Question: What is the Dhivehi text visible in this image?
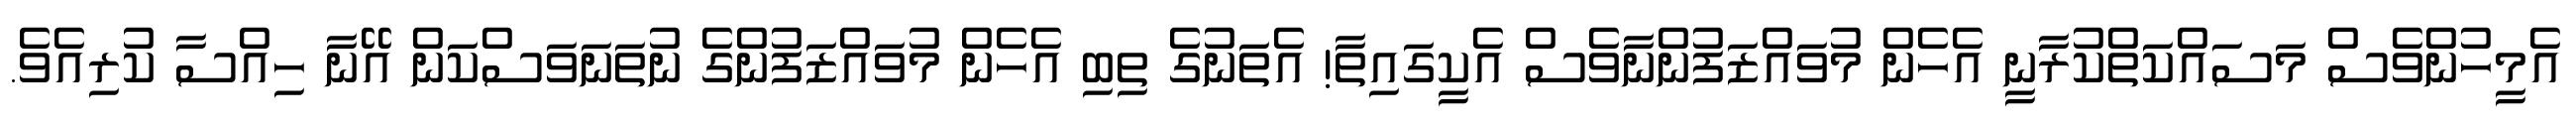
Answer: އެމީހުންވެސް މަސައްކަތްކުރާނީ އެހެން މުވައްޒަފުންނާވެސް އެކީގައިތާ! އެތަނުގެ ތިބި އެހެން މުވައްޒަފުންގެ ނުތަނަވަސްކަން އޭނާ ހިއްސާ ކުރިއެވެ.